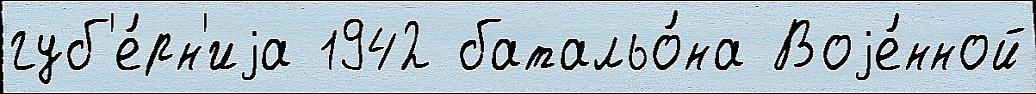
губ'е́рн'иjа 1942 батальо́на Воjе́нной